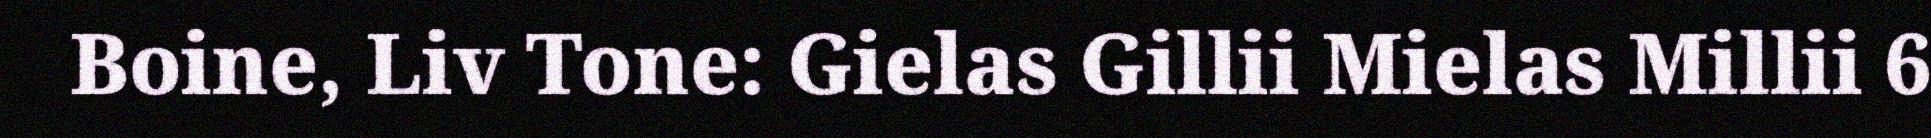
Boine, Liv Tone: Gielas Gillii Mielas Millii 6